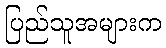
ပြည်သူအများက